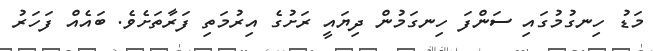
މަޑު ހިނގުމުގައި ސަންފަ ހިނގަމުން ދިޔައީ ރަށުގެ އިރުމަތި ފަރާތަށެވެ. ބައެއް ފަހަރު